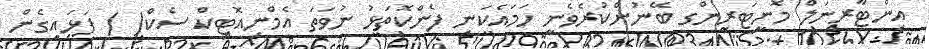
އިންޓާރނަލް މޮނީޓަރިންގ ބޭނުންކުރެވެނީ ހަމައެކަނި ފެންކޮތަޅު ނުވަތަ އެމްނިއޮޓިކް ސެކް( ) ފަޅައިގެން